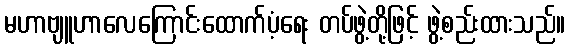
မဟာဗျူဟာလေကြောင်းထောက်ပံ့ရေး တပ်ဖွဲ့တို့ဖြင့် ဖွဲ့စည်းထားသည်။